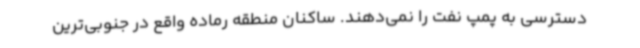
دسترسی به پمپ نفت را نمی‌دهند. ساکنان منطقه رماده واقع در جنوبی‌ترین